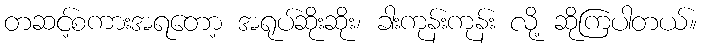
တဆင့်စကားအရတော့ အရုပ်ဆိုးဆိုး၊ ခါးကုန်းကုန်း လို့ ဆိုကြပါတယ်။